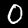
Label: 0